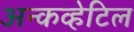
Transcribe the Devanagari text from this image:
अन्कव्हेटिल